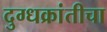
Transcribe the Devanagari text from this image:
दुग्धक्रांतीचा